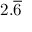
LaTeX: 2 . { \overline { { 6 } } }